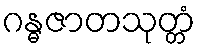
ဂန္ဓဇာတသုတ္တံ